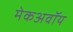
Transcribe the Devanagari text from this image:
मेकअवॉय